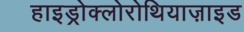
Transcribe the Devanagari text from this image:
हाइड्रोक्लोरोथियाज़ाइड